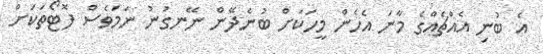
އެ ބުނި އެއްޗެއްގެ މާނަ އެހެން މީހަކަށް ބުނެދޭން ނޭނގުނު ނަމަވެސް ފޮޓޯތަކަށް